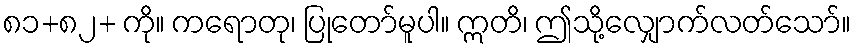
၈၁+၈၂+ ကို။ ကရောတု၊ ပြုတော်မူပါ။ ဣတိ၊ ဤသို့လျှောက်လတ်သော်။